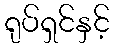
ရုပ်ရှင်နှင့်